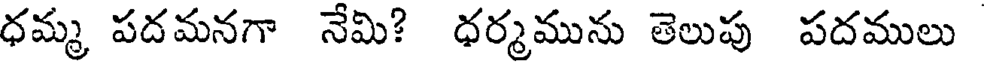
ధమ్మ పదమనగా నేమి? ధర్మమును తెలుపు పదములు